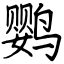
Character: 鹦